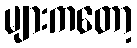
များကတော့